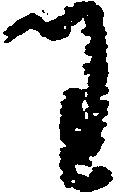
わ